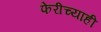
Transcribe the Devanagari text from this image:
फेरीच्याही